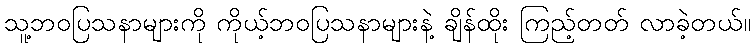
သူ့ဘဝပြသနာများကို ကိုယ့်ဘဝပြသနာများနဲ့ ချိန်ထိုး ကြည့်တတ် လာခဲ့တယ်။